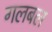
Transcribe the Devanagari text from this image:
गलबल